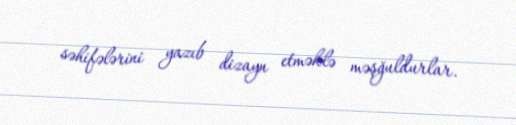
səhifələrini yazıb dizayn etməklə məşğuldurlar.